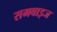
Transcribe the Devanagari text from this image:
समवाइज